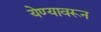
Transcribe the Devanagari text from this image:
येण्यावरून